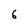
Character: 6